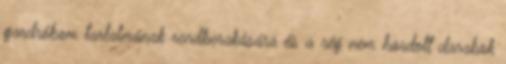
gardróbom tartalmának rendberakására és a rég nem hordott darabok